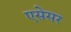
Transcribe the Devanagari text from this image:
एसेसर